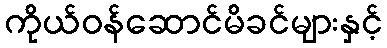
ကိုယ်ဝန်ဆောင်မိခင်များနှင့်